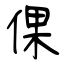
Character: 倮